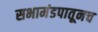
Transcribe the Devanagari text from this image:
सभामंडपातूनच